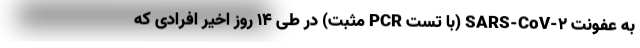
به عفونت SARS-CoV-۲ (با تست PCR مثبت) در طی ۱۴ روز اخیر افرادی که